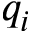
q _ { i }